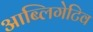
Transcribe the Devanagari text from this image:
आब्लिगेटिव